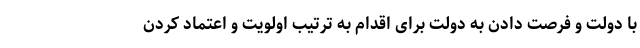
با دولت و فرصت دادن به دولت برای اقدام به ترتیب اولویت و اعتماد کردن